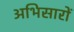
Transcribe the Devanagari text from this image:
अभिसारों